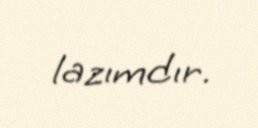
lazımdır.